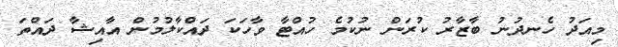
މިއަދު ހެނދުނު ބާޒާރު ކުރަން ނުކުމެ ހުއްޓާ ވާހަކަ ދައްކާލުމުން އާއިޝާ ދައްތަ